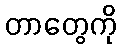
တာတွေကို